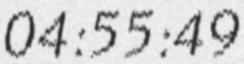
04:55:49